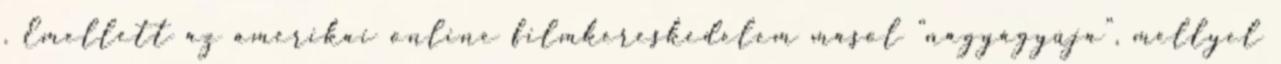
. Emellett az amerikai online filmkereskedelem másol “nagyágyúja”, mellyel